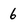
Character: 6